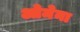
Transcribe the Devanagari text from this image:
ओमेना